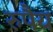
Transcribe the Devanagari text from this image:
रुपैय